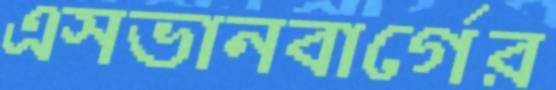
এসভানবার্গের